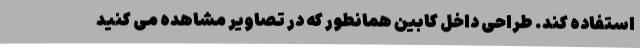
استفاده کند. طراحی داخل کابین همانطور که در تصاویر مشاهده می کنید